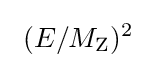
\ (E/M_{\mathrm {Z} })^{2}\